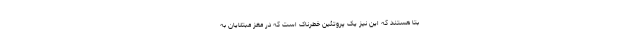
بتا هستند که این نیز یک پروتئین خطرناک است که در مغز مبتلایان به